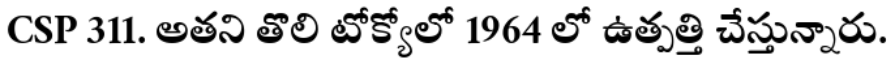
CSP 311. అతని తొలి టోక్యోలో 1964 లో ఉత్పత్తి చేస్తున్నారు.